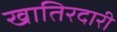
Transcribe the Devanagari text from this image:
खातिरदारी